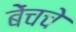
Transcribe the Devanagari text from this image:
बेंचचे